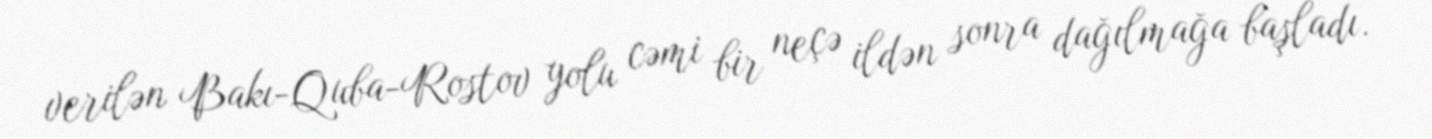
verilən Bakı-Quba-Rostov yolu cəmi bir neçə ildən sonra dağılmağa başladı.